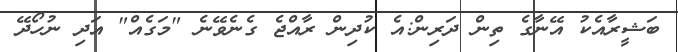
ބަޝީރާއެކު އޭނާގެ ތިން ދަރިން:އެ ކުދިން ރާއްޖެ ގެނެވޭނެ "މަގެއް" އަދި ނުހޯދޭ